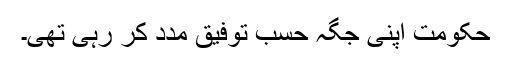
حکومت اپنی جگہ حسبِ توفیق مدد کر رہی تھی۔